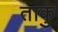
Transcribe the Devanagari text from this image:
ताकु